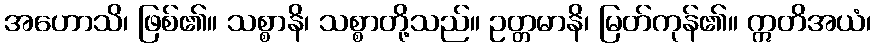
အဟောသိ၊ ဖြစ်၏။ သစ္စာနိ၊ သစ္စာတို့သည်။ ဥတ္တမာနိ၊ မြတ်ကုန်၏။ ဣတိအယံ၊